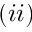
( i i )